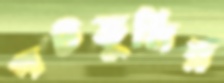
পটভূমির